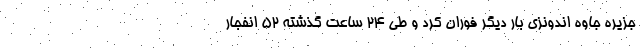
جزیره جاوه اندونزی بار دیگر فوران کرد و طی ۲۴ ساعت گذشته ۵۲ انفجار